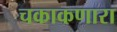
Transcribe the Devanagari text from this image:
चकाकणारा